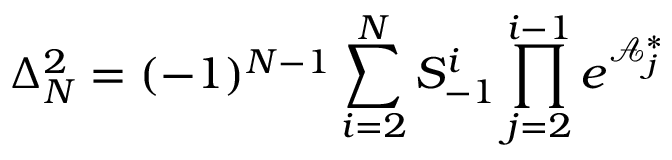
\Delta _ { N } ^ { 2 } = ( - 1 ) ^ { N - 1 } \sum _ { i = 2 } ^ { N } S _ { - 1 } ^ { i } \prod _ { j = 2 } ^ { i - 1 } e ^ { \mathcal { A } _ { j } ^ { \ast } }